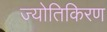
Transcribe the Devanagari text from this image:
ज्योतिकिरण